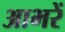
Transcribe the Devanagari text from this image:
आभरें